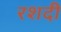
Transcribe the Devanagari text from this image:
रशदी